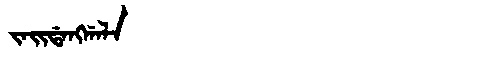
Manchu: ᠵᠠᡳᡩᠠᠩᡤᠠᠯᠠ
Romanization: JAIDANGGALA